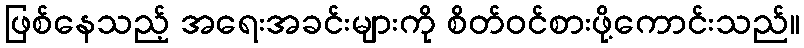
ဖြစ်နေသည့် အရေးအခင်းများကို စိတ်ဝင်စားဖို့ကောင်းသည်။